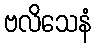
ဗလိသေနံ